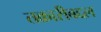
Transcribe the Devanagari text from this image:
तक्रारीबद्दल